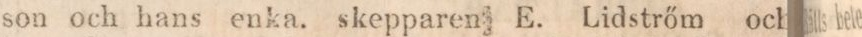
son och hans enka. skepparen E. Lidstrőm och